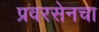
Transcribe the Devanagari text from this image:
प्रवरसेनचा